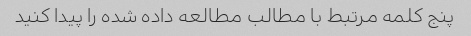
پنج کلمه مرتبط با مطالب مطالعه داده شده را پیدا کنید